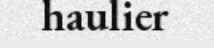
haulier